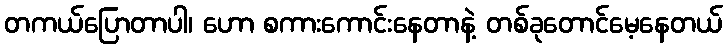
တကယ်ပြောတာပါ၊ ဟော စကားကောင်းနေတာနဲ့ တစ်ခုတောင်မေ့နေတယ်